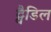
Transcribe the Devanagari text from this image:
ट्वैडिल